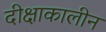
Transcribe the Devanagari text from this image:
दीक्षाकालीन